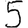
Digit: 5